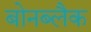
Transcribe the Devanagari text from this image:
बोनब्लैक